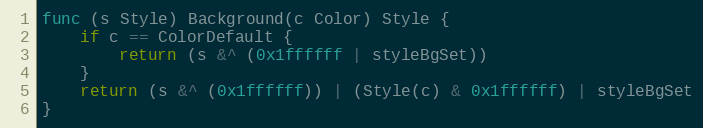
Language: Go
func (s Style) Background(c Color) Style {
	if c == ColorDefault {
		return (s &^ (0x1ffffff | styleBgSet))
	}
	return (s &^ (0x1ffffff)) | (Style(c) & 0x1ffffff) | styleBgSet
}